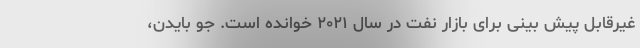
غیرقابل پیش بینی برای بازار نفت در سال ۲۰۲۱ خوانده است. جو بایدن،